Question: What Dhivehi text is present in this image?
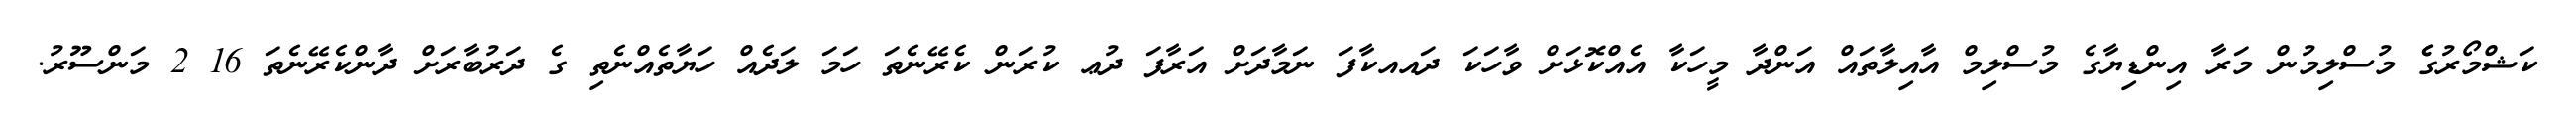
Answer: ކަޝްމޯރުގެެ މުސްލިމުން މަރާ އިންޑިޔާގެ މުސްލިމް އާއިލާތައް އަންދާ މީހަކާ އެއްކޮޅަށް ވާހަކަ ދައއކާފަ ނަމާދަށް އަރާފަ ދުޢ ކުރަން ކެރޭނެތަ ހަމަ ލަދެއް ހަޔާތެއްނެތި ގެ ދަރުބާރަށް ދާންކެރޭނެތަ 16 2 މަންސޫރު.